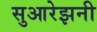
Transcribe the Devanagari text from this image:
सुआरेझनी